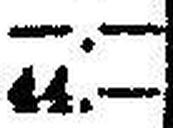
44.—